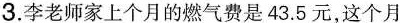
3.李老师家上个月的燃气费是43.5元，这个月